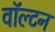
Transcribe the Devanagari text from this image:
वाॅल्टन